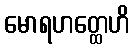
မောရဟတ္ထေဟိ